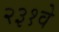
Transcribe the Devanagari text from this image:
२३१वे